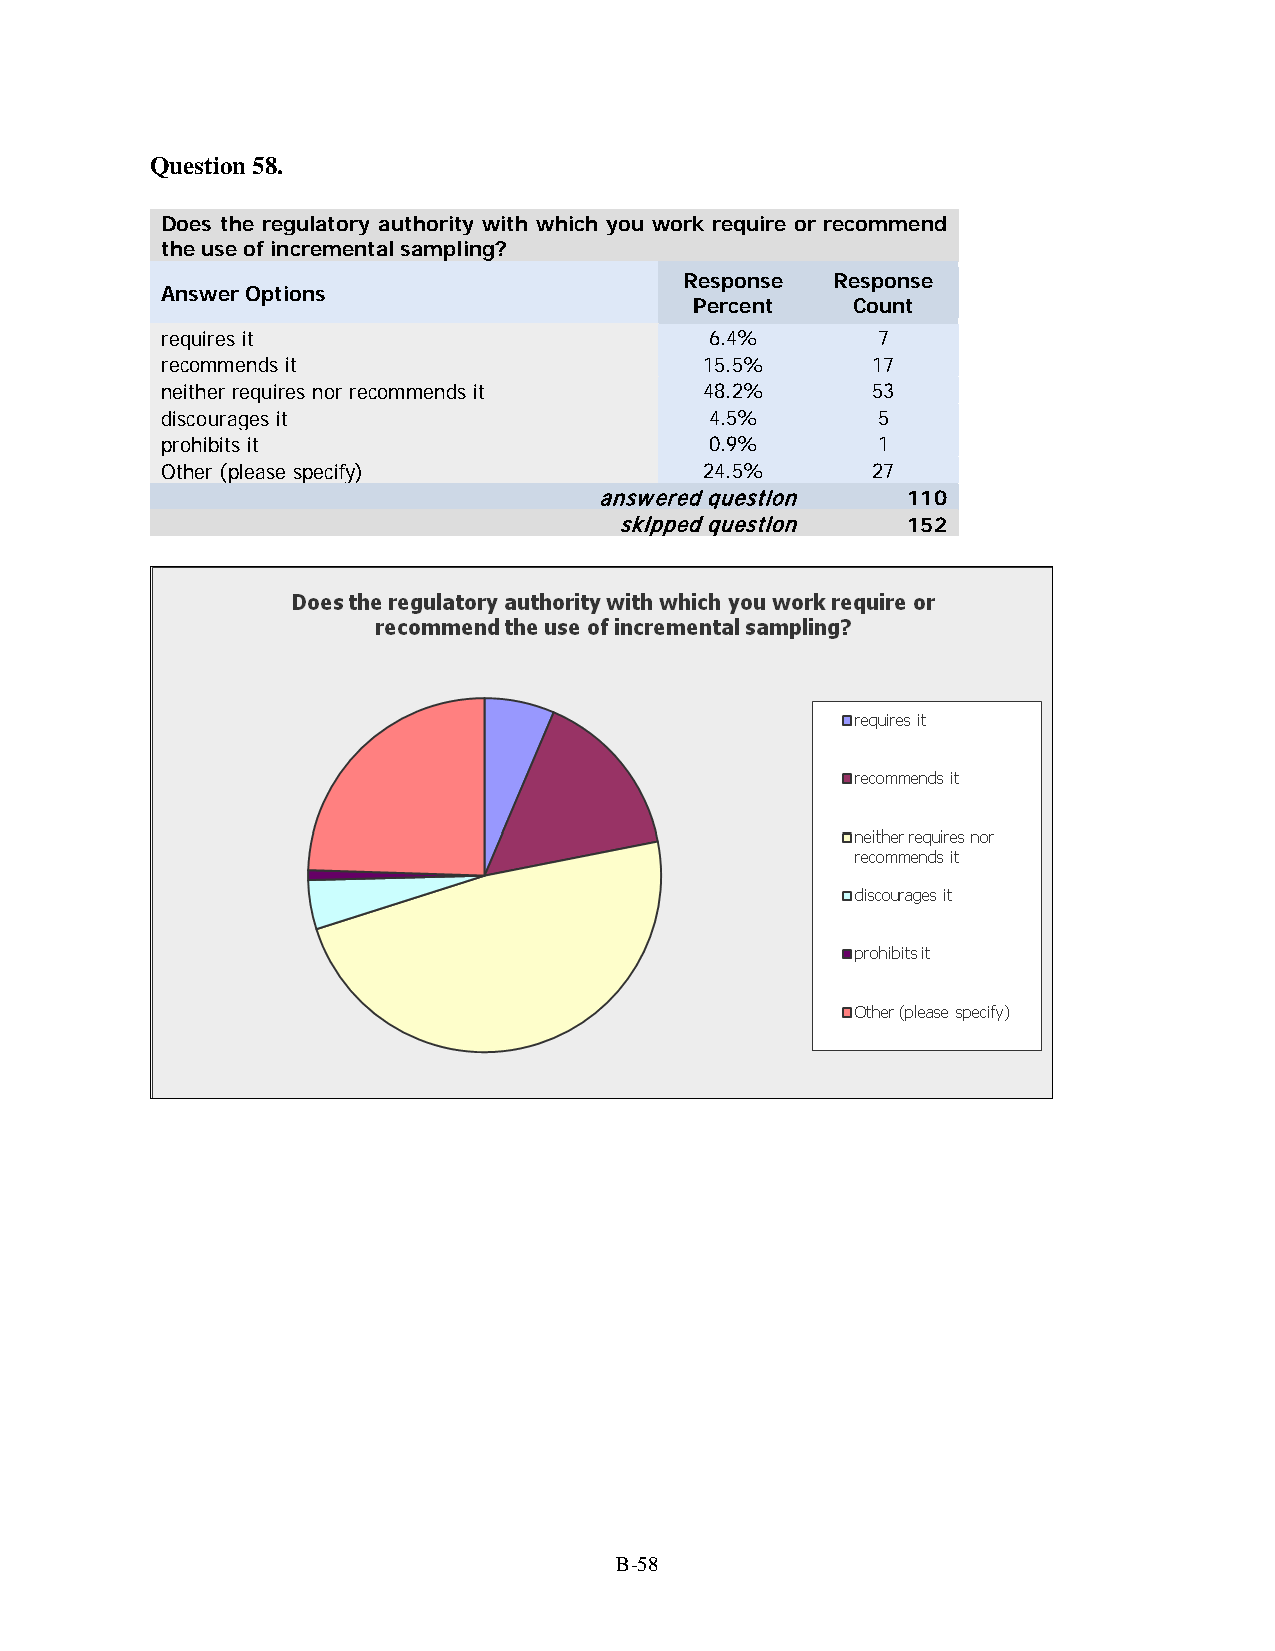
Question 58.
 Does the regulatory authority with which you work require or recommend
 the use of incremental sampling?
 Response  Response
 Answer Options
 Percent   Count
 requires it                         6.4%       7
 recommends it                       15.5%      17
 neither requires nor recommends it  48.2%      53
 discourages it                      4.5%       5
 prohibits it                        0.9%       1
 Other (please specify)              24.5%      27
 answered question   110
 skipped question   152
 B-58